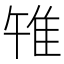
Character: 𨾟